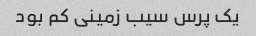
یک پرس سیب زمینی کم بود